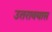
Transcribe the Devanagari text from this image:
उतरावयास